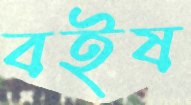
বইষ